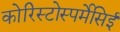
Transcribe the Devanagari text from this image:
कोरिस्टोस्पर्मेसिई